Lunatic asylums Central Provinces reports 1874-1885 - 1874-1885
Year: 1874
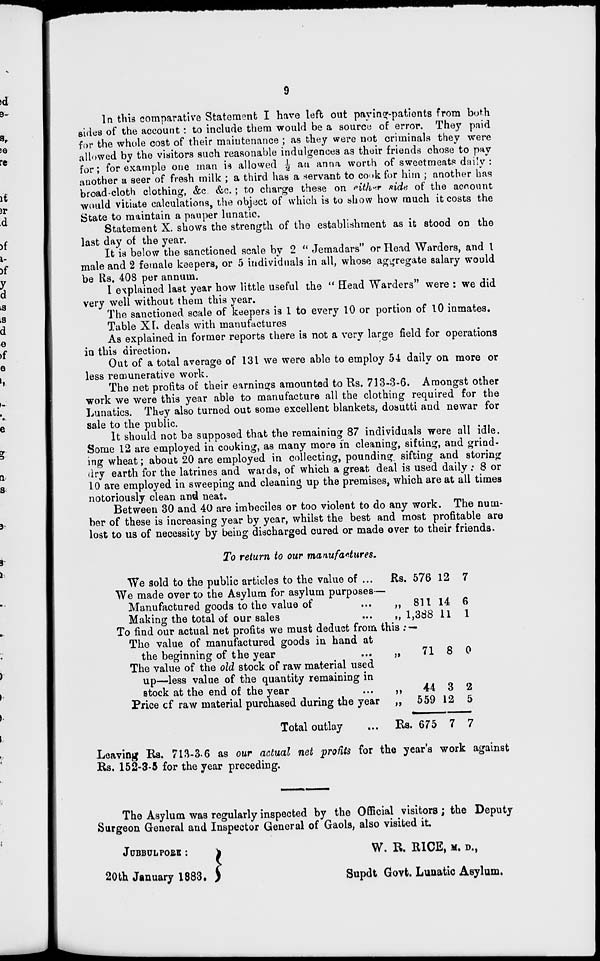
9
In this comparative Statement I have left out paying-patients from both
sides of the account : to include them would be a source of error. They paid
for the whole cost of their maintenance ; as they were not criminals they were
allowed by the visitors such reasonable indulgences as their friends chose to pay
for; for example one man is allowed ½ an anna worth of sweetmeats daily :
another a seer of fresh milk ; a third has a servant to cook for him ; another has
broad-cloth clothing, &c. &c.; to charge these on either side of the account
would vitiate calculations, the object of which is to show how much it costs the
State to maintain a pauper lunatic.
Statement X. shows the strength of the establishment as it stood on the
last day of the year.
It is below the sanctioned scale by 2 " Jemadars" or Head Warders, and 1
male and 2 female keepers, or 5 individuals in all, whose aggregate salary would
be Rs. 408 per annum.
I explained last year how little useful the " Head Warders" were : we did
very well without them this year.
The sanctioned scale of keepers is 1 to every 10 or portion of 10 inmates.
Table XI. deals with manufactures
As explained in former reports there is not a very large field for operations
in this direction.
Out of a total average of 131 we were able to employ 54 daily on more or
less remunerative work.
The net profits of their earnings amounted to Rs. 713-3-6. Amongst other
work we were this year able to manufacture all the clothing required for the
Lunatics. They also turned out some excellent blankets, dosutti and newar for
sale to the public.
It should not be supposed that the remaining 87 individuals were all idle.
Some 12 are employed in cooking, as many more in cleaning, sifting, and grind-
ing wheat; about 20 are employed in collecting, pounding, sifting and storing
dry earth for the latrines and wards, of which a great deal is used daily : 8 or
10 are employed in sweeping and cleaning up the premises, which are at all times
notoriously clean and neat.
Between 30 and 40 are imbeciles or too violent to do any work. The num-
ber of these is increasing year by year, whilst the best and most profitable are
lost to us of necessity by being discharged cured or made over to their friends.
To return to our manufactures.
We sold to the public articles to the value of ...
We made over to the Asylum for asylum purposes—
Manufactured goods to the value of ...
Making the total of our sales ...
To find our actual net profits we must deduct from this :—
The value of manufactured goods in hand at
the beginning of the year ...
The value of the old stock of raw material used
up—less value of the quantity remaining in
stock at the end of the year ...
Price of raw material purchased during the year
Total outlay ...
Rs. 576 12 7
„ 811
„ 1,388
14
11
6
1
„
71
„
44
„ 559
Rs. 675
8
3
12
7
0
2
5
7
Leaving Rs. 713-3.6 as our actual net profits for the year's work against
Rs. 152-3-5 for the year preceding.
The Asylum was regularly inspected by the Official visitors ; the Deputy
Surgeon General and Inspector General of Gaols, also visited it.
JUBBULPORE :
20th January 1883.
W. R. RICE, M. D.,
Supdt Govt. Lunatic Asylum.